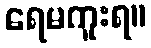
ရေမကူးရ။